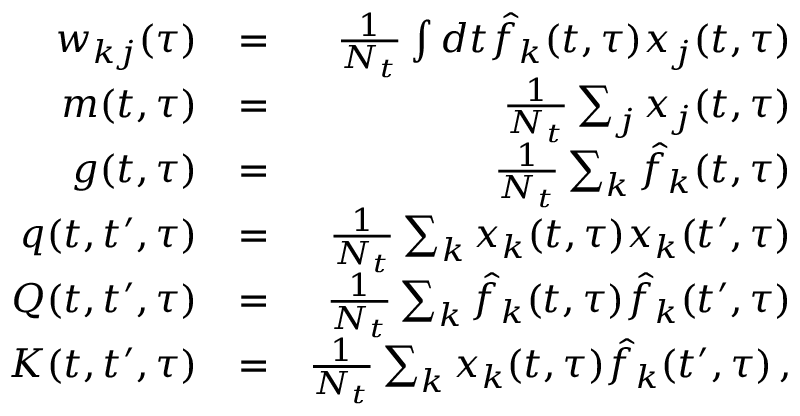
\begin{array} { r l r } { w _ { k j } ( \tau ) } & { = } & { \frac { 1 } { N _ { t } } \int d t \hat { f } _ { k } ( t , \tau ) x _ { j } ( t , \tau ) } \\ { m ( t , \tau ) } & { = } & { \frac { 1 } { N _ { t } } \sum _ { j } x _ { j } ( t , \tau ) } \\ { g ( t , \tau ) } & { = } & { \frac { 1 } { N _ { t } } \sum _ { k } \hat { f } _ { k } ( t , \tau ) } \\ { q ( t , t ^ { \prime } , \tau ) } & { = } & { \frac { 1 } { N _ { t } } \sum _ { k } x _ { k } ( t , \tau ) x _ { k } ( t ^ { \prime } , \tau ) } \\ { Q ( t , t ^ { \prime } , \tau ) } & { = } & { \frac { 1 } { N _ { t } } \sum _ { k } \hat { f } _ { k } ( t , \tau ) \hat { f } _ { k } ( t ^ { \prime } , \tau ) } \\ { K ( t , t ^ { \prime } , \tau ) } & { = } & { \frac { 1 } { N _ { t } } \sum _ { k } x _ { k } ( t , \tau ) \hat { f } _ { k } ( t ^ { \prime } , \tau ) \, , } \end{array}